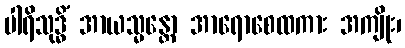
ပါရိသုဒ္ဓိံ အာယသ္မန္တော အာရောစေထကား အကျိုး၊